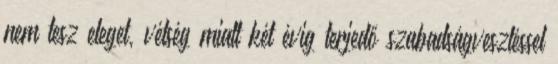
nem tesz eleget, vétség miatt két évig terjedő szabadságvesztéssel